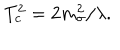
T _ { c } ^ { 2 } = 2 m _ { \sigma } ^ { 2 } / \lambda .